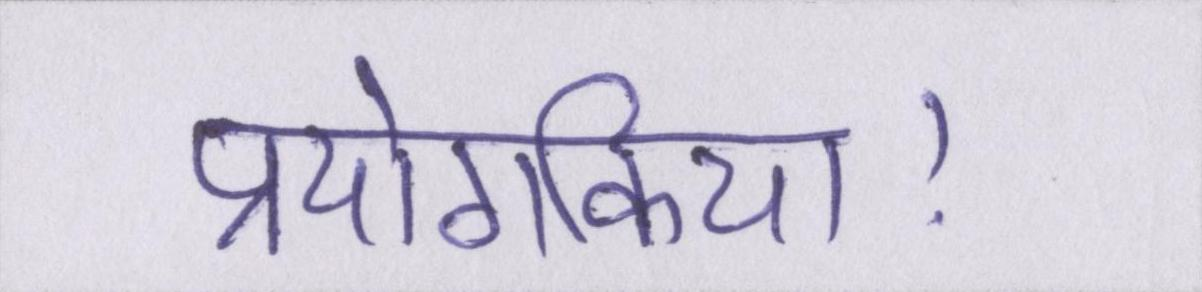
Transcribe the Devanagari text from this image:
प्रयोगकिया।